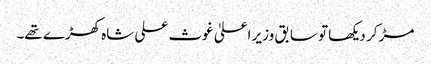
مڑ کر دیکھا تو سابق وزیر اعلیٰ غوث علی شاہ کھڑے تھے۔